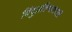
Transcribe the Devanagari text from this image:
बिंदुप्रतिभाशाली